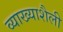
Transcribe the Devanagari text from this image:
व्याख्याशैली